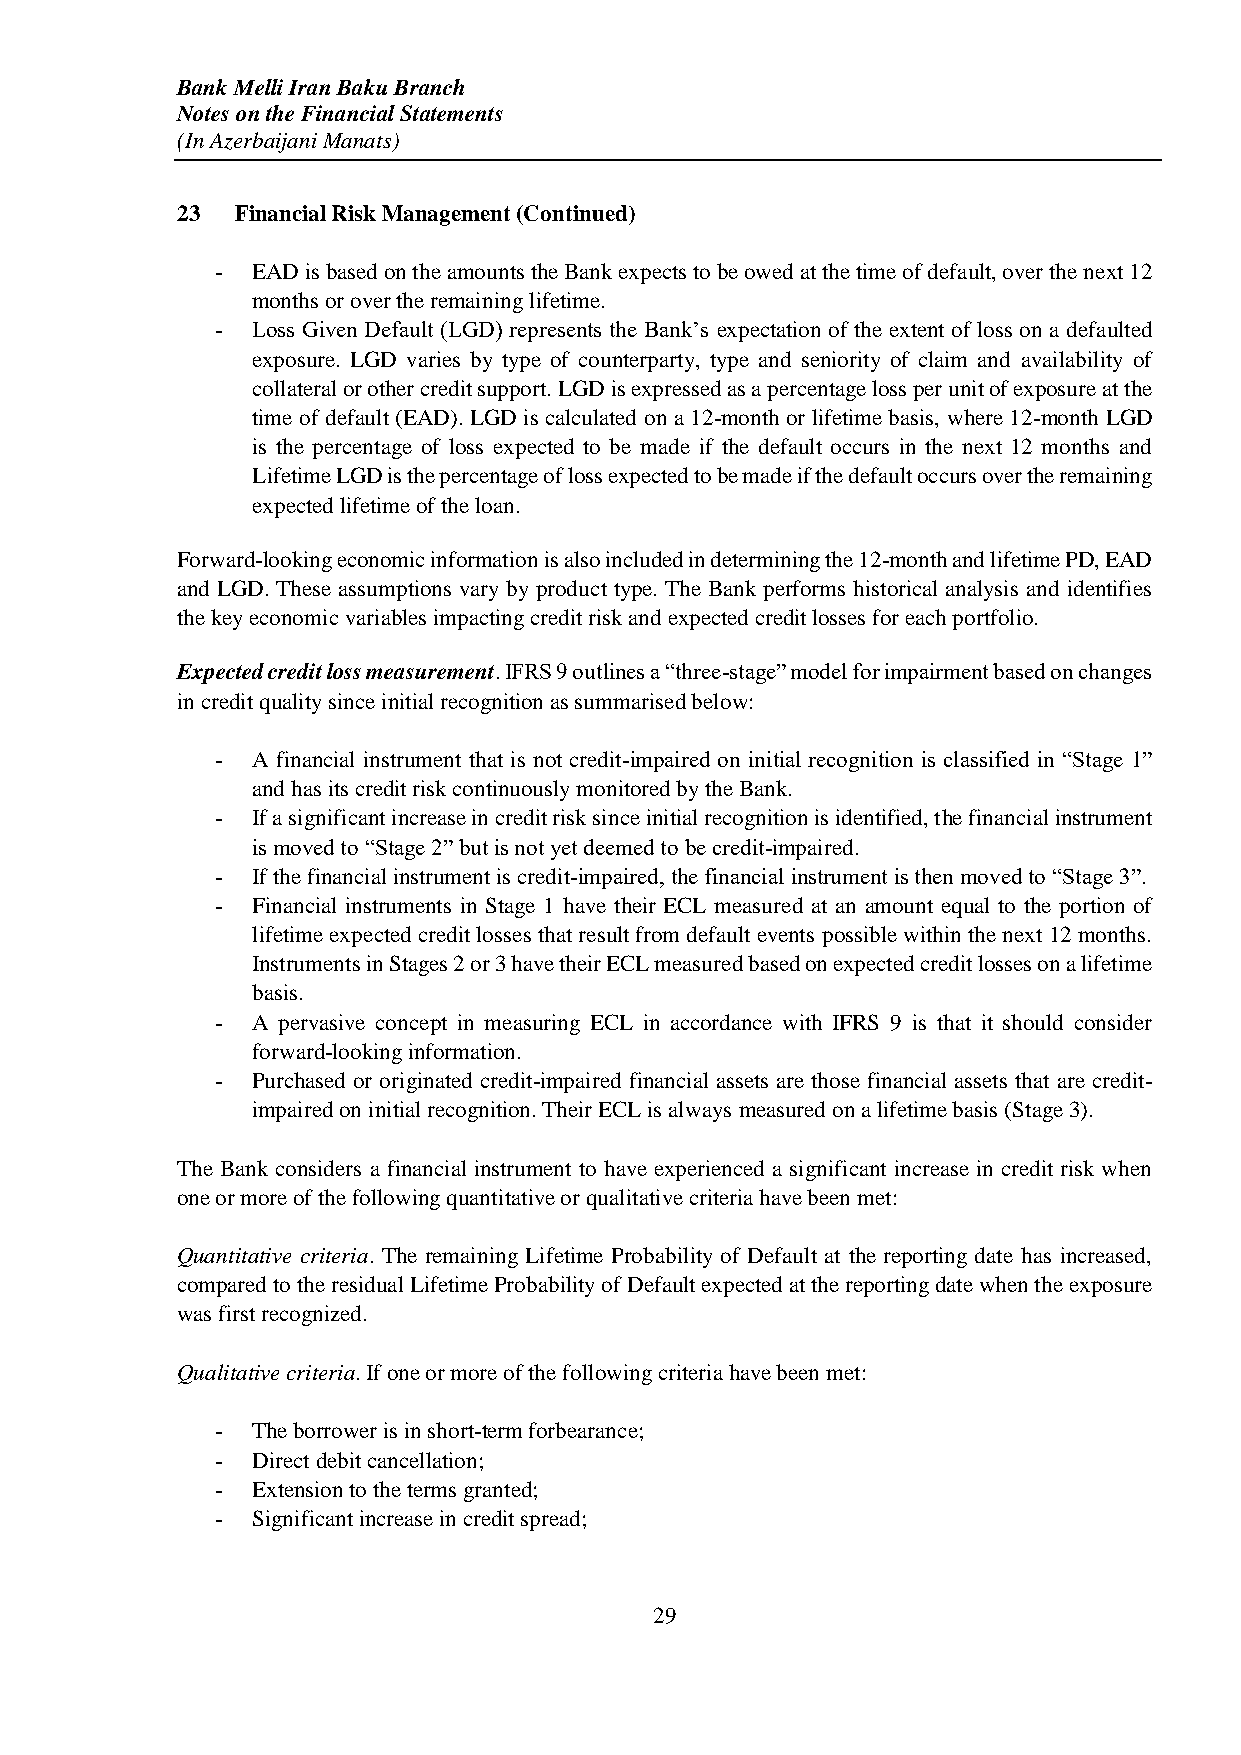
Bank Melli Iran Baku Branch
 Notes on the Financial Statements
 (In Azerbaijani Manats)
 23  Financial Risk Management (Continued)
 -  EAD is based on the amounts the Bank expects to be owed at the time of default, over the next 12
 months or over the remaining lifetime.
 -  Loss Given Default (LGD) represents the Bank’s expectation of the extent of loss on a defaulted
 exposure. LGD varies by type of counterparty, type and seniority of claim and availability of
 collateral or other credit support. LGD is expressed as a percentage loss per unit of exposure at the
 time of default (EAD). LGD is calculated on a 12-month or lifetime basis, where 12-month LGD
 is the percentage of loss expected to be made if the default occurs in the next 12 months and
 Lifetime LGD is the percentage of loss expected to be made if the default occurs over the remaining
 expected lifetime of the loan.
 Forward-looking economic information is also included in determining the 12-month and lifetime PD, EAD
 and LGD. These assumptions vary by product type. The Bank performs historical analysis and identifies
 the key economic variables impacting credit risk and expected credit losses for each portfolio.
 Expected credit loss measurement. IFRS 9 outlines a “three-stage” model for impairment based on changes
 in credit quality since initial recognition as summarised below:
 -  A financial instrument that is not credit-impaired on initial recognition is classified in “Stage 1”
 and has its credit risk continuously monitored by the Bank.
 -  If a significant increase in credit risk since initial recognition is identified, the financial instrument
 is moved to “Stage 2” but is not yet deemed to be credit-impaired.
 -  If the financial instrument is credit-impaired, the financial instrument is then moved to “Stage 3”.
 -  Financial instruments in Stage 1 have their ECL measured at an amount equal to the portion of
 lifetime expected credit losses that result from default events possible within the next 12 months.
 Instruments in Stages 2 or 3 have their ECL measured based on expected credit losses on a lifetime
 basis.
 -  A pervasive concept in measuring ECL in accordance with IFRS 9 is that it should consider
 forward-looking information.
 -  Purchased or originated credit-impaired financial assets are those financial assets that are credit-
 impaired on initial recognition. Their ECL is always measured on a lifetime basis (Stage 3).
 The Bank considers a financial instrument to have experienced a significant increase in credit risk when
 one or more of the following quantitative or qualitative criteria have been met:
 Quantitative criteria. The remaining Lifetime Probability of Default at the reporting date has increased,
 compared to the residual Lifetime Probability of Default expected at the reporting date when the exposure
 was first recognized.
 Qualitative criteria. If one or more of the following criteria have been met:
 -  The borrower is in short-term forbearance;
 -  Direct debit cancellation;
 -  Extension to the terms granted;
 -  Significant increase in credit spread;
 29